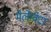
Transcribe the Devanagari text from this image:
मेलेग्वेटा